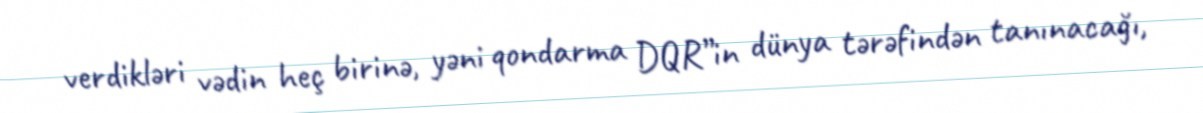
verdikləri vədin heç birinə, yəni qondarma DQR”in dünya tərəfindən tanınacağı,